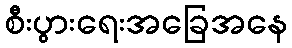
စီးပွားရေးအခြေအနေ